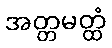
အတ္တမတ္ထံ